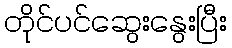
တိုင်ပင်ဆွေးနွေးပြီး